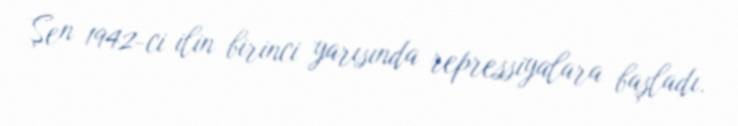
Şen 1942-ci ilin birinci yarısında repressiyalara başladı.